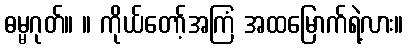
ဓမ္မဂုတ်။ ။ ကိုယ်တော့်အကြံ အထမြောက်ရဲ့လား။